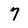
Character: 7